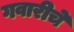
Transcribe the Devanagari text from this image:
गवारीचे